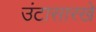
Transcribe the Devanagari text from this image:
उंटासारखे